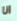
انا